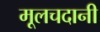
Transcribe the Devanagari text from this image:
मूलचदानी